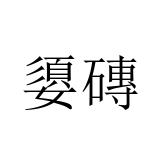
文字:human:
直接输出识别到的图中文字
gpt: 嬃磚